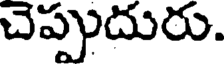
చెప్పుదురు.